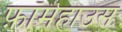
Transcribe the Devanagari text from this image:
फ़ॉर्महाउस